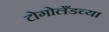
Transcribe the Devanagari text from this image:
टोगोलँडच्या